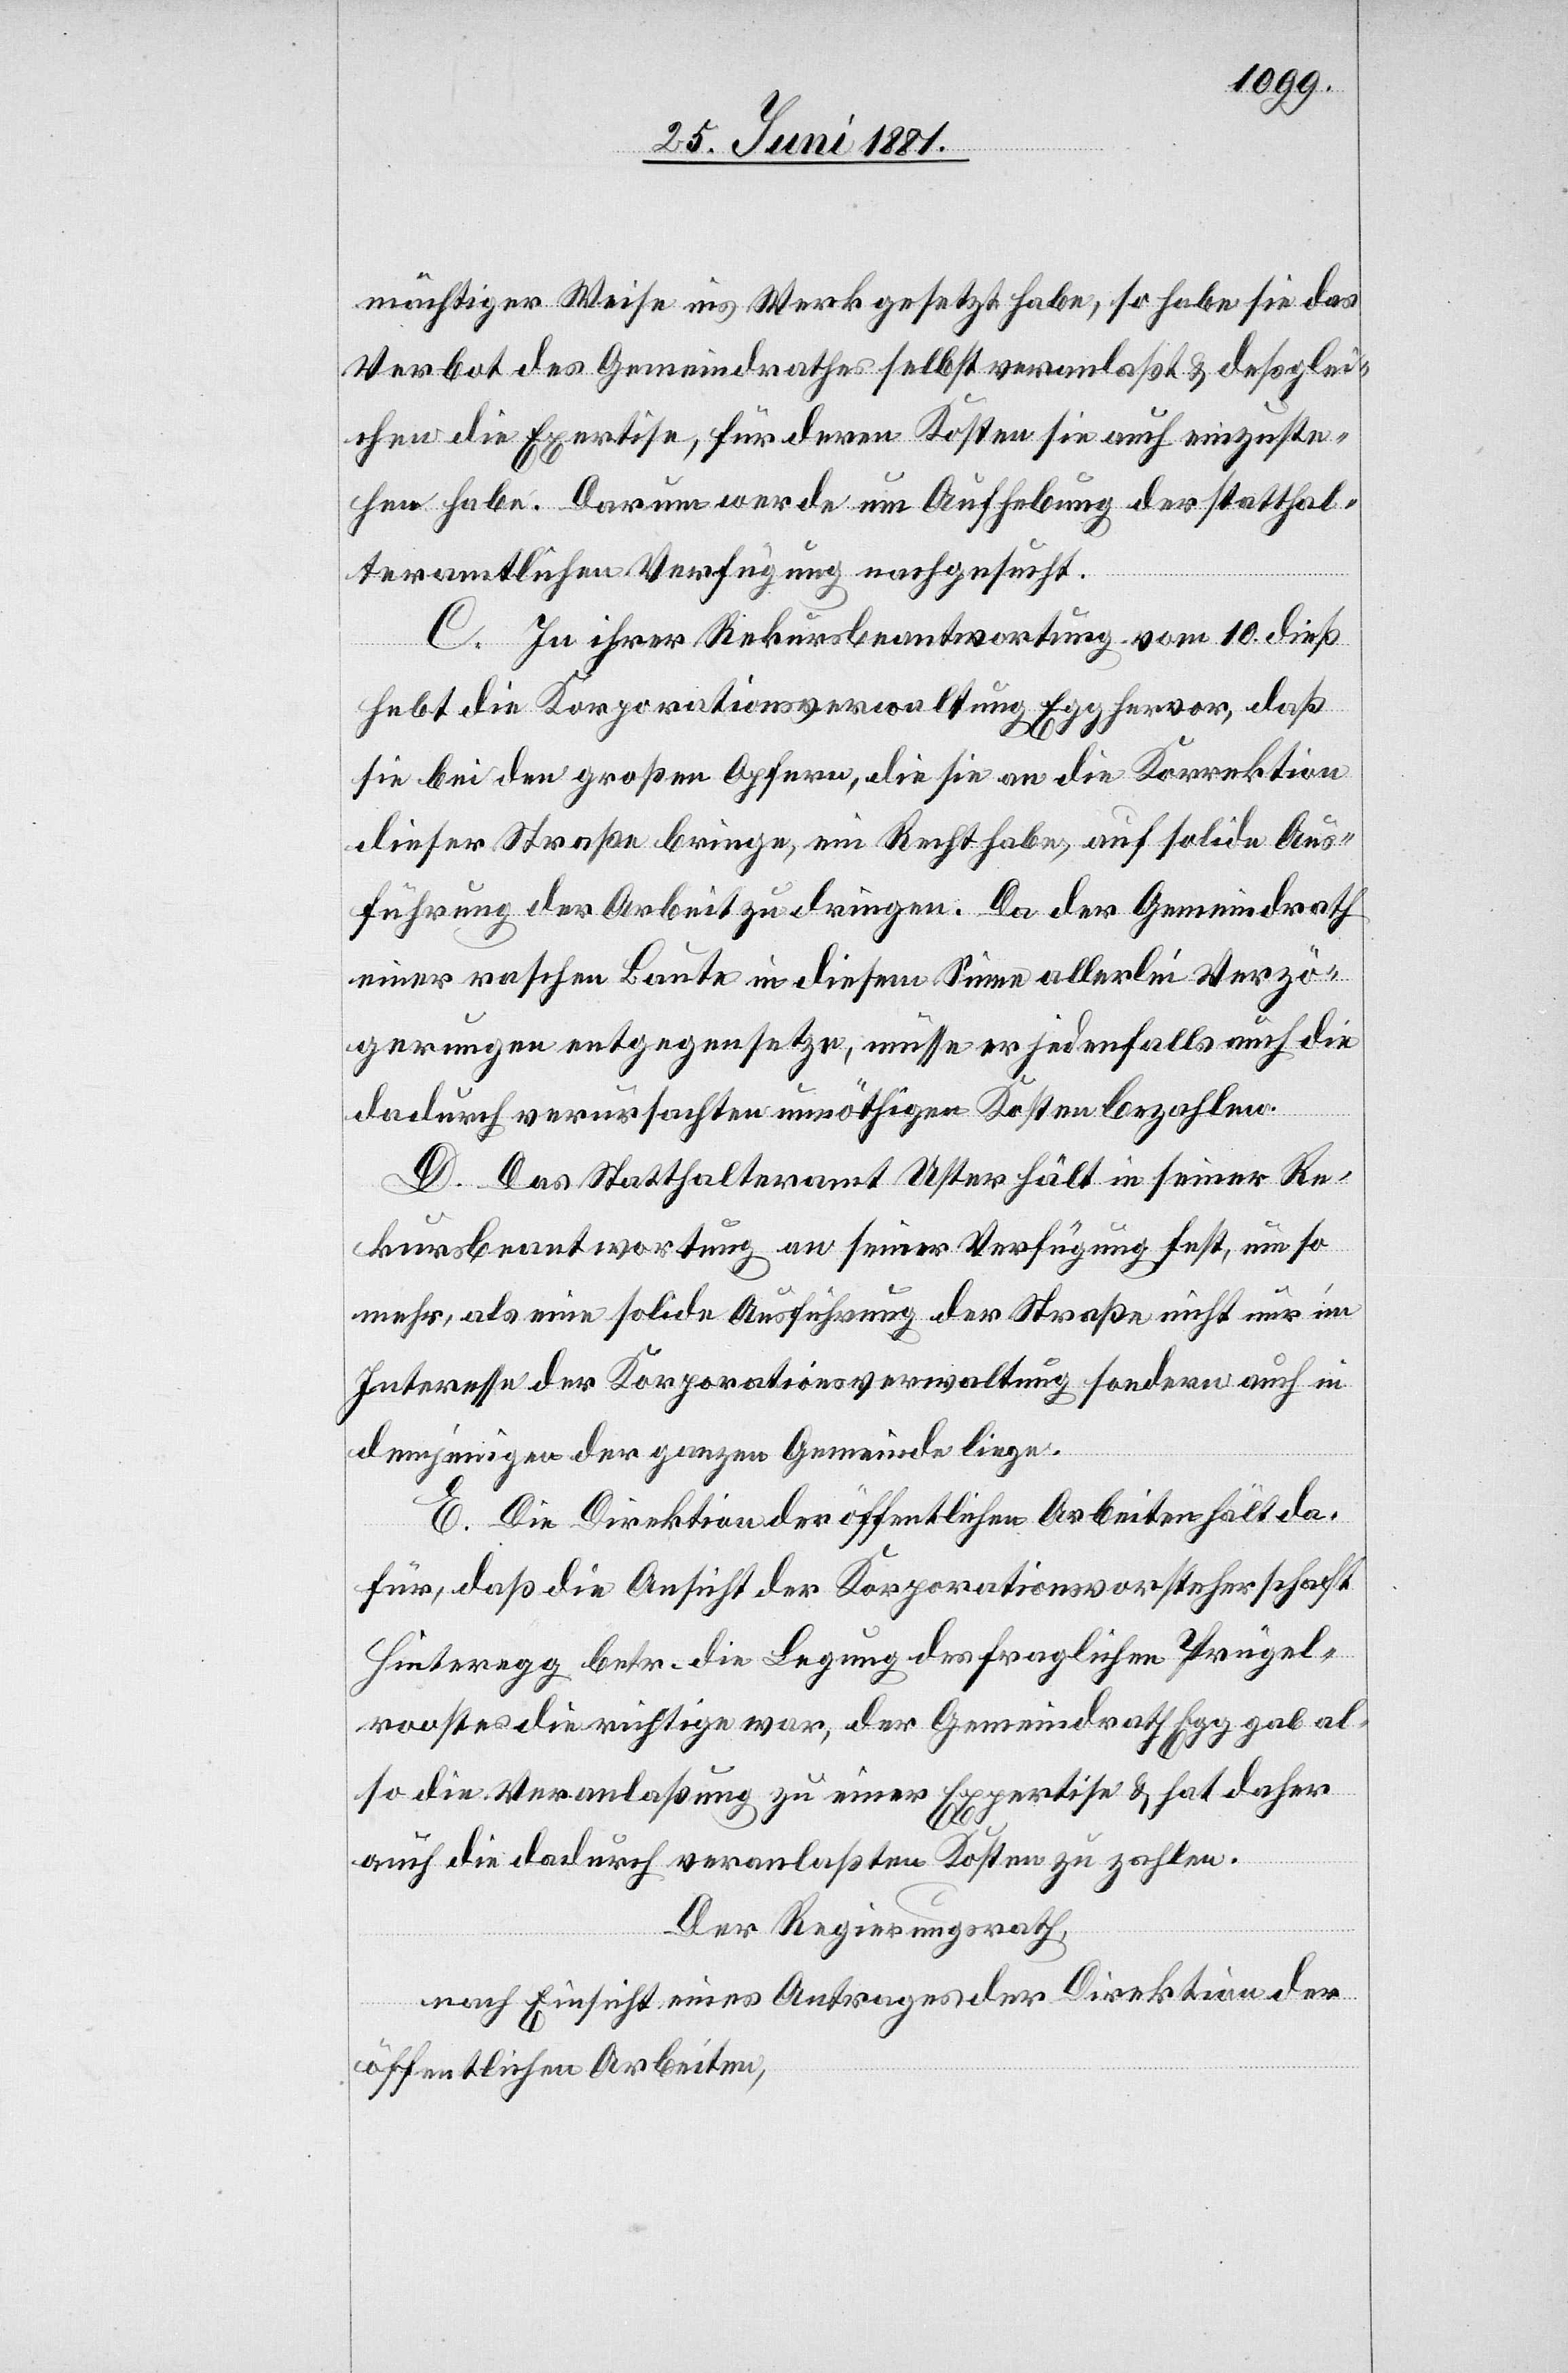
mächtiger Weise ins Werk gesetzt habe, so habe sie das
Verbot des Gemeindrathes selbst veranlaßt & deßglei¬
chen die Expertise, für deren Kosten sie auch einzuste¬
hen habe. Darum werde um Aufhebung der statthal¬
teramtlichen Verfügung nachgesucht.
C. In ihrer Rekursbeantwortung vom 10. dieß
hebt die Korporationsverwaltung Egg hervor, daß
sie bei den großen Opfern, die sie an die Korrektion
dieser Straße bringe, ein Recht habe, auf solide Aus¬
führung der Arbeit zu drängen. Da der Gemeindrath
einer raschen Baute in diesem Sinne allderlei Verzö¬
gerungen entgegensetzt, müsse er jedenfalls auch die
dadurch verursachten unnöthigen Kosten bezahlen.
D. Das Statthalteramt Uster hält in seiner Re¬
kursbeantwortung an seiner Verfügung fest, um so
mehr, als eine solide Ausführung der Straße nicht nur im
Interesse der Korporationsverwaltung sondern auch in
demjenigen der ganzen Gemeinde liege.
E. Die Direktion der öffentlichen Arbeiten hält da¬
für, daß die Ansicht der Korporationsvorsteherschaft
Hinteregg betr. die Legung des fraglichen Prügel¬
roostes die richtige war, der Gemeindrath Egg gab al¬
so die Veranlaßung zu einer Expertise & hat daher
auch die dadurch veranlaßten Kosten zu zahlen.
Der Regierungsrath,
nach Einsicht eines Antrages der Direktion der
öffentlichen Arbeiten,